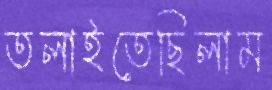
তলাইতেছিলাম